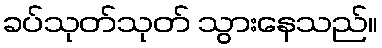
ခပ်သုတ်သုတ် သွားနေသည်။